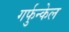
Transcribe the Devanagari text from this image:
गर्फुन्केल